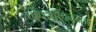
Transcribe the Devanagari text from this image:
पोंपराप्पिननम